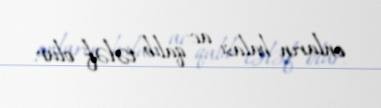
onların balası ac qalıb tələf olur.